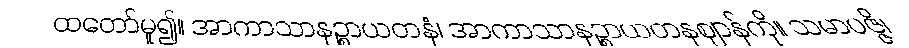
ထတော်မူ၍။ အာကာသာနဉ္စာယတနံ၊ အာကာသာနဉ္စာယတနဈာန်ကို။ သမာပဇ္ဇိ၊